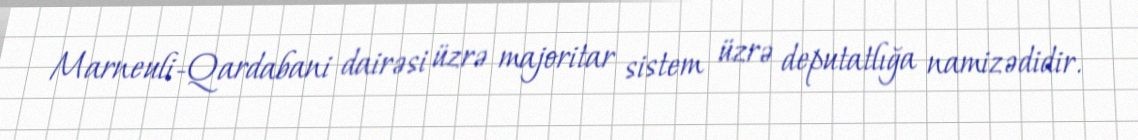
Marneuli-Qardabani dairəsi üzrə majoritar sistem üzrə deputatlığa namizədidir.